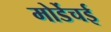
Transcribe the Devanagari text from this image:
मोर्डेचई